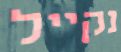
נקייל